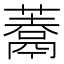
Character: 𩱀